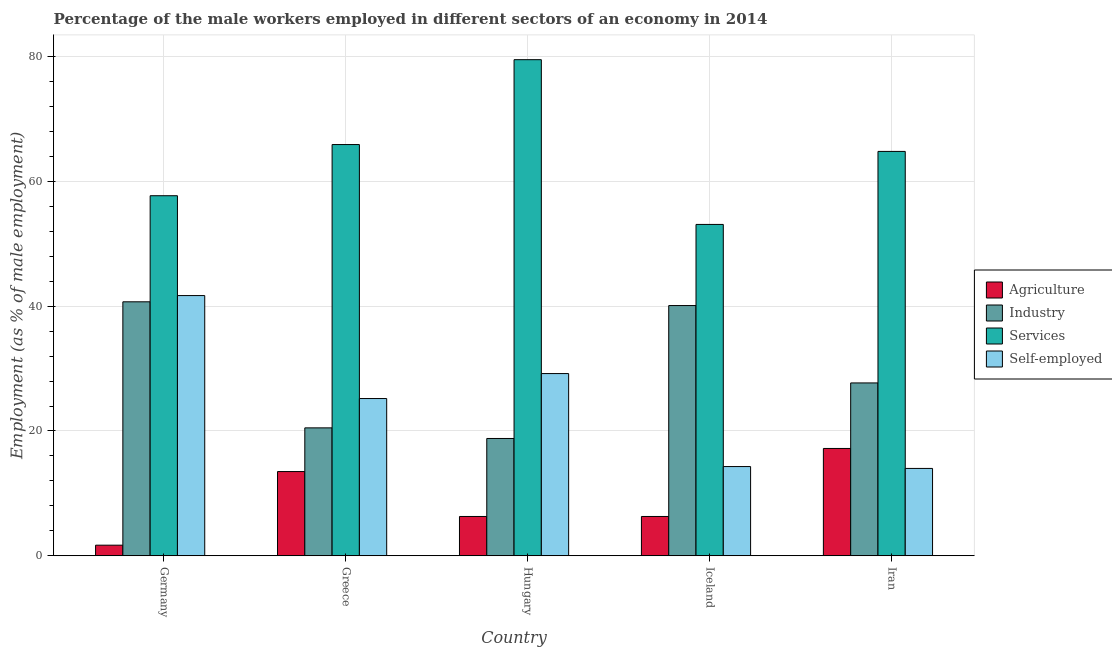
| Country | Agriculture | Industry | Services | Self-employed |
 | --- | --- | --- | --- | --- |
 | Germany | 1.7 | 40.7 | 57.7 | 41.7 |
 | Greece | 13.5 | 20.5 | 65.9 | 25.2 |
 | Hungary | 6.3 | 18.8 | 79.5 | 29.2 |
 | Iceland | 6.3 | 40.1 | 53.1 | 14.3 |
 | Iran | 17.2 | 27.7 | 64.8 | 14 |